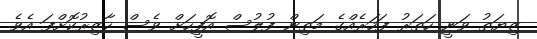
ޒިޔަތު ވަނީ ހަތަރު ފަހަރެއްގެ މަތިން ފުލުސް އޮފީހަށް ވެސް ހާޒިރުކޮށްފަ އެވެ.